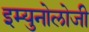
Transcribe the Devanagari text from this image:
इम्युनोलोजी